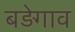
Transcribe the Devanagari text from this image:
बड़ेगाव